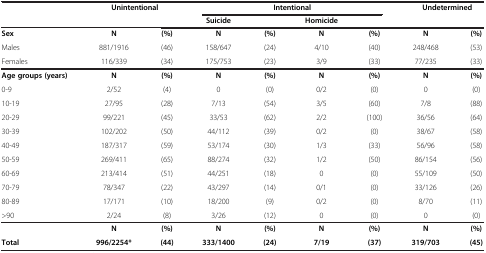
|  | <COLSPAN=2> Unintentional | <COLSPAN=4> Intentional | <COLSPAN=2> Undetermined |
 |  |  |  | Suicide |  | Homicide |  |  |  |
 | --- | --- | --- | --- | --- | --- | --- | --- | --- |
 | Sex | N | (%) | N | (%) | N | (%) | N | (%) |
 | Males | 881/1916 | (46) | 158/647 | (24) | 4/10 | (40) | 248/468 | (53) |
 | Females | 116/339 | (34) | 175/753 | (23) | 3/9 | (33) | 77/235 | (33) |
 | Age groups (years) | N | (%) | N | (%) | N | (%) | N | (%) |
 | 0-9 | 2/52 | (4) | 0 | (0) | 0/2 | (0) | 0 | (0) |
 | 10-19 | 27/95 | (28) | 7/13 | (54) | 3/5 | (60) | 7/8 | (88) |
 | 20-29 | 99/221 | (45) | 33/53 | (62) | 2/2 | (100) | 36/56 | (64) |
 | 30-39 | 102/202 | (50) | 44/112 | (39) | 0/2 | (0) | 38/67 | (58) |
 | 40-49 | 187/317 | (59) | 53/174 | (30) | 1/3 | (33) | 56/96 | (58) |
 | 50-59 | 269/411 | (65) | 88/274 | (32) | 1/2 | (50) | 86/154 | (56) |
 | 60-69 | 213/414 | (51) | 44/251 | (18) | 0 | (0) | 55/109 | (50) |
 | 70-79 | 78/347 | (22) | 43/297 | (14) | 0/1 | (0) | 33/126 | (26) |
 | 80-89 | 17/171 | (10) | 18/200 | (9) | 0/2 | (0) | 8/70 | (11) |
 | >90 | 2/24 | (8) | 3/26 | (12) | 0 | (0) | 0 | (0) |
 |  | N | (%) | N | (%) | N | (%) | N | (%) |
 | Total | 996/2254* | (44) | 333/1400 | (24) | 7/19 | (37) | 319/703 | (45) |